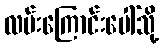
လမ်းကြောင်းပေါ်သို့